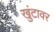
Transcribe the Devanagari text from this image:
खुंटावर